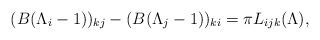
LaTeX: \begin{align*} (B(\Lambda_i-1))_{kj}-(B(\Lambda_j-1))_{ki}=\pi L_{ijk}(\Lambda),\end{align*}